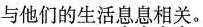
与他们的生活息息相关。